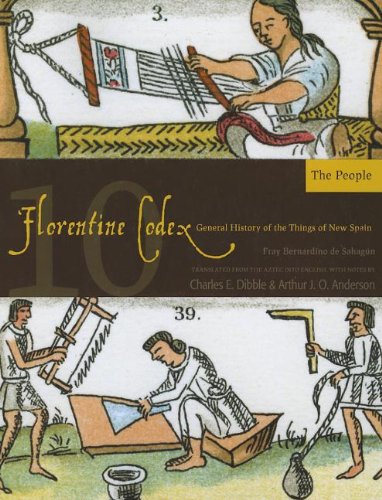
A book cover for Florentine Codex: Book 10: Book 10: The People (Florentine Codex: General History of the Things of New Spain); Bernardino de Sahagun; History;